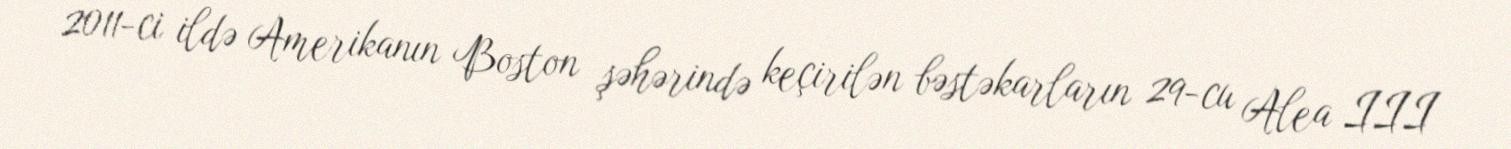
2011-ci ildə Amerikanın Boston şəhərində keçirilən bəstəkarların 29-cu Alea III